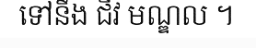
ទៅនឹង ជីវ មណ្ឌល ។